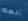
ألمه